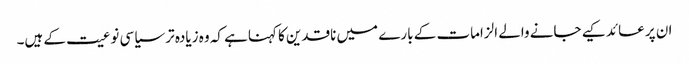
ان پر عائد کیے جانے والے الزامات کے بارے میں ناقدین کا کہناہے کہ وہ زیادہ تر سیاسی نوعیت کے ہیں۔